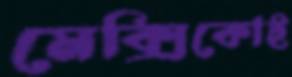
মেক্সিকোই